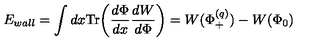
E _ { w a l l } = \int d x \mathrm { T r } \biggl ( { \frac { d \Phi } { d x } } { \frac { d W } { d \Phi } } \biggr ) = W ( \Phi _ { + } ^ { ( q ) } ) - W ( \Phi _ { 0 } )